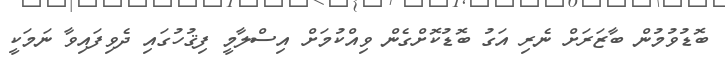
ބޮޑުވުމުން ބާޒަރަށް ނެރި އަގު ބޮޑުކޮށްގެން ވިއްކުމަށް އިސްލާމީ ފިޤުހުގައި ދެވިފައިވާ ނަމަކީ